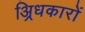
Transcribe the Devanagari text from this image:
अ्रिधकारों